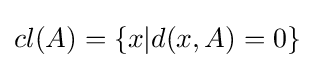
cl(A)=\{x|d(x,A)=0\}